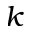
k